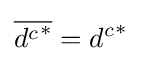
{\overline {{d^{c}}^{*}}}={d^{c}}^{*}